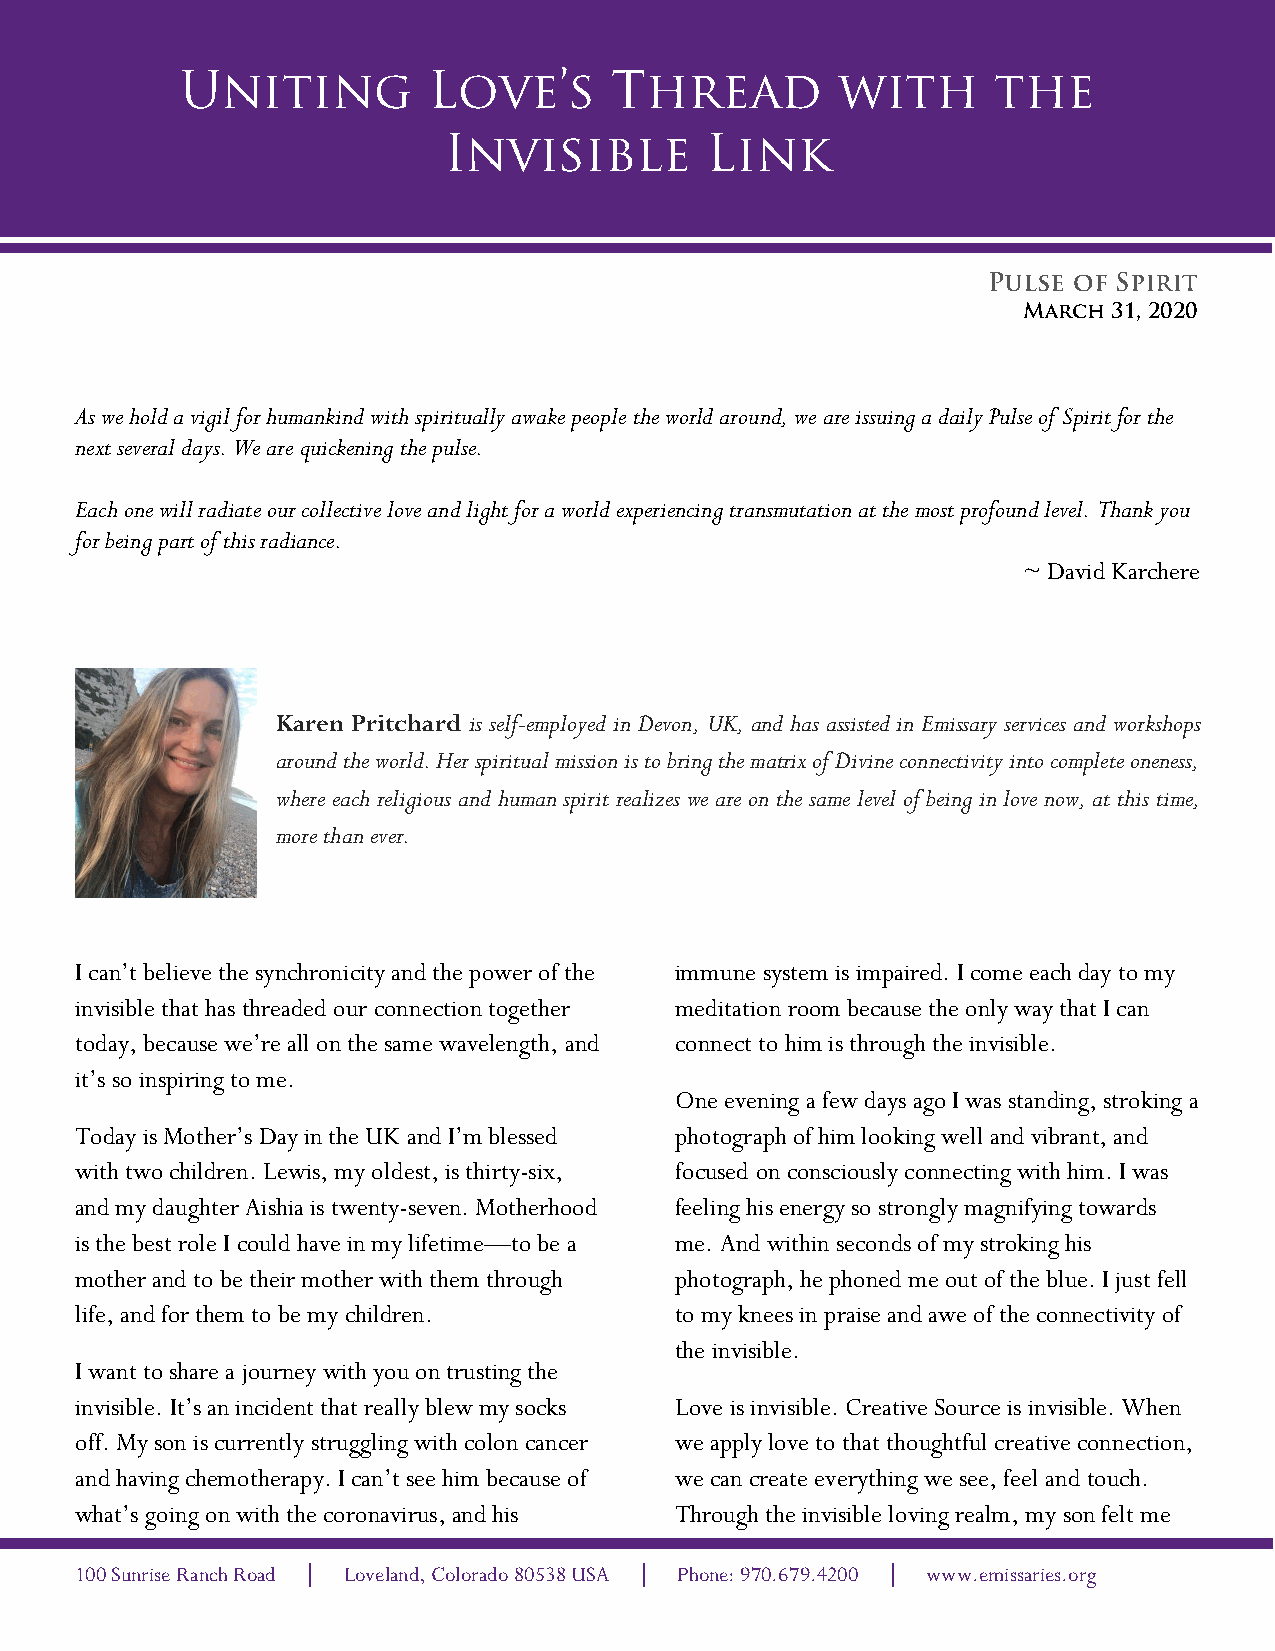
Uniting         Love’s      Thread         with       the
 Invisible         Link
 Pulse of Spirit
 March 31, 2020
 As we hold a vigil for humankind with spiritually awake people the world around, we are issuing a daily Pulse of Spirit for the
 next several days. We are quickening the pulse.
 Each one will radiate our collective love and light for a world experiencing transmutation at the most profound level. Thank you
 for being part of this radiance.
 ~ David Karchere
 Karen Pritchard is self-employed in Devon, UK, and has assisted in Emissary services and workshops
 around the world. Her spiritual mission is to bring the matrix of Divine connectivity into complete oneness,
 where each religious and human spirit realizes we are on the same level of being in love now, at this time,
 more than ever.
 I can’t believe the synchronicity and the power of the immune system is impaired. I come each day to my
 invisible that has threaded our connection together meditation room because the only way that I can
 today, because we’re all on the same wavelength, and connect to him is through the invisible.
 it’s so inspiring to me.
 One evening a few days ago I was standing, stroking a
 Today is Mother’s Day in the UK and I’m blessed photograph of him looking well and vibrant, and
 with two children. Lewis, my oldest, is thirty-six, focused on consciously connecting with him. I was
 and my daughter Aishia is twenty-seven. Motherhood feeling his energy so strongly magnifying towards
 is the best role I could have in my lifetime—to be a me. And within seconds of my stroking his
 mother and to be their mother with them through photograph, he phoned me out of the blue. I just fell
 life, and for them to be my children.   to my knees in praise and awe of the connectivity of
 the invisible.
 I want to share a journey with you on trusting the
 invisible. It’s an incident that really blew my socks Love is invisible. Creative Source is invisible. When
 off. My son is currently struggling with colon cancer we apply love to that thoughtful creative connection,
 and having chemotherapy. I can’t see him because of we can create everything we see, feel and touch.
 what’s going on with the coronavirus, and his Through the invisible loving realm, my son felt me
 100 Sunrise Ranch Road | Loveland, Colorado 80538 USA | Phone: 970.679.4200 | www.emissaries.org